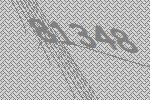
81348